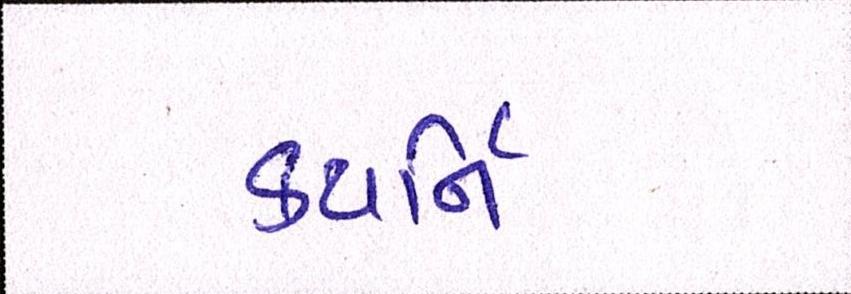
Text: કયર્નિી